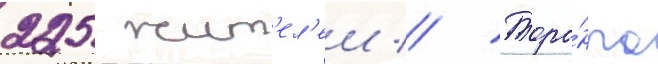
225 жит'ел'еи // Торо́нто